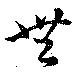
無